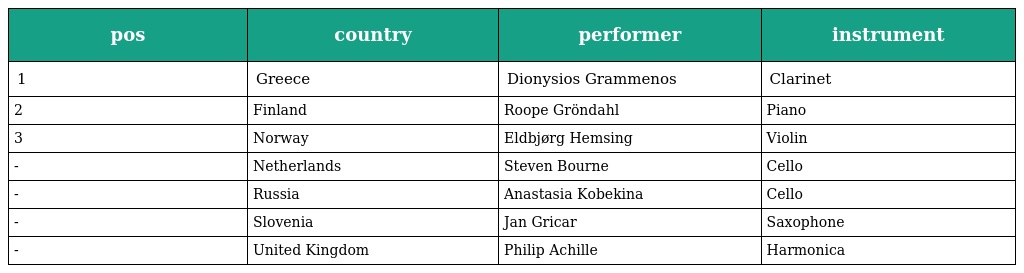
| pos | country | performer | instrument |
 | --- | --- | --- | --- |
 | 1 | Greece | Dionysios Grammenos | Clarinet |
 | 2 | Finland | Roope Gröndahl | Piano |
 | 3 | Norway | Eldbjørg Hemsing | Violin |
 | - | Netherlands | Steven Bourne | Cello |
 | - | Russia | Anastasia Kobekina | Cello |
 | - | Slovenia | Jan Gricar | Saxophone |
 | - | United Kingdom | Philip Achille | Harmonica |